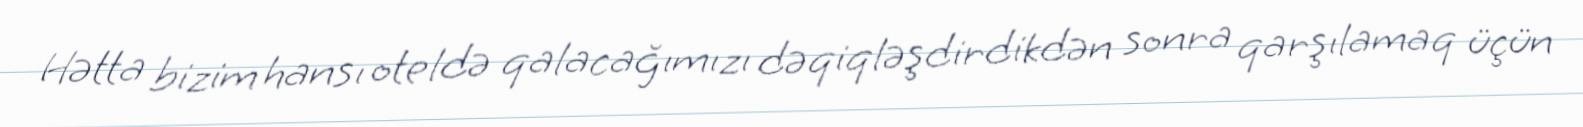
Hətta bizim hansı oteldə qalacağımızı dəqiqləşdirdikdən sonra qarşılamaq üçün